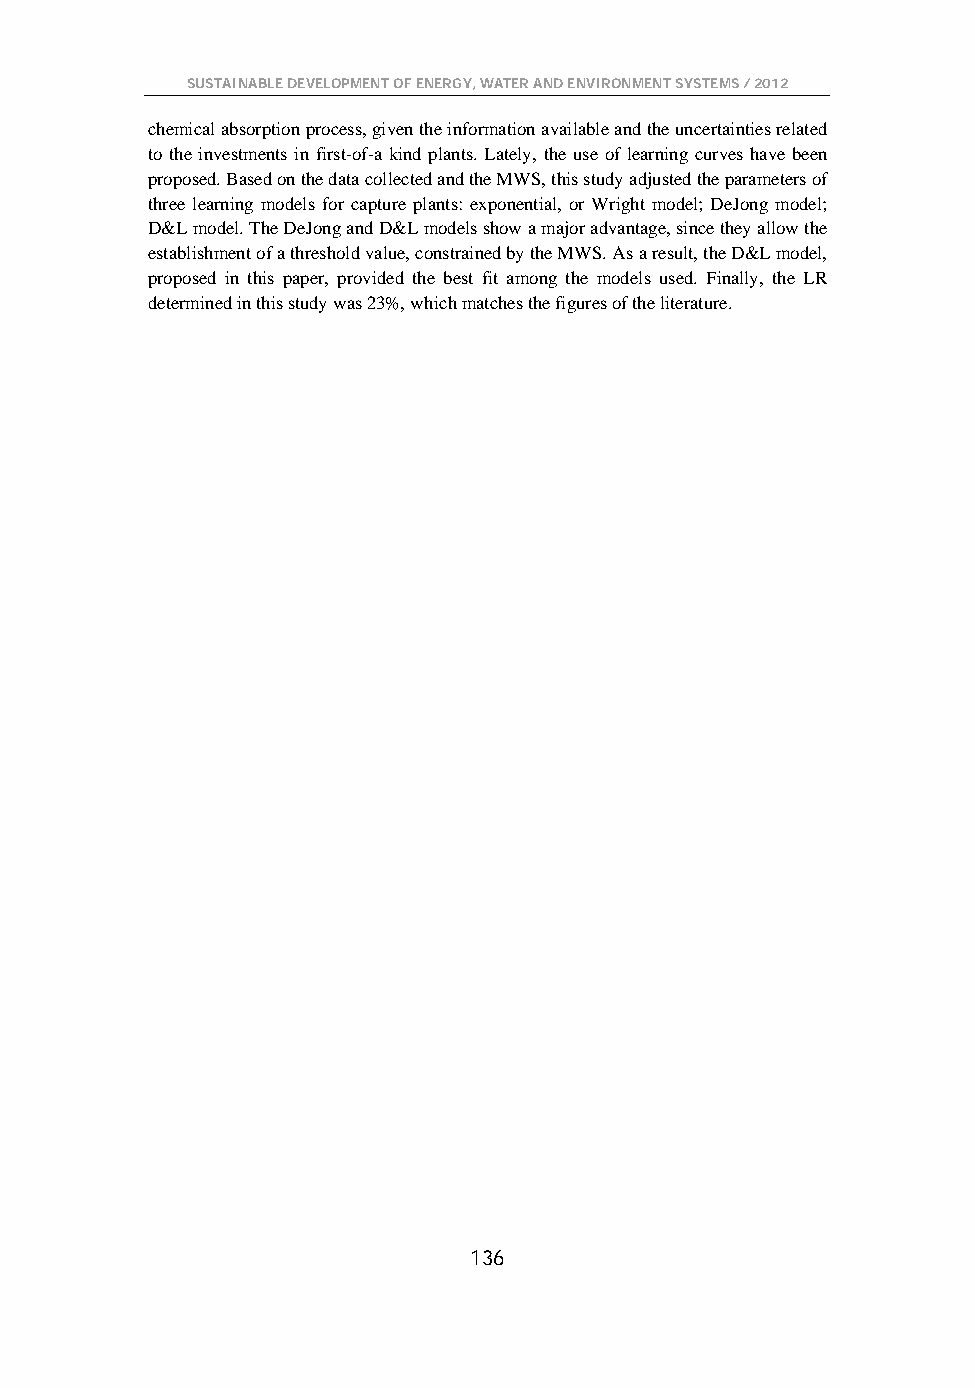
SUSTAINABLE DEVELOPMENT OF ENERGY, WATER AND ENVIRONMENT SYSTEMS / 2012
 chemical absorption process, given the information available and the uncertainties related
 to the investments in first-of-a kind plants. Lately, the use of learning curves have been
 proposed. Based on the data collected and the MWS, this study adjusted the parameters of
 three learning models for capture plants: exponential, or Wright model; DeJong model;
 D&L model. The DeJong and D&L models show a major advantage, since they allow the
 establishment of a threshold value, constrained by the MWS. As a result, the D&L model,
 proposed in this paper, provided the best fit among the models used. Finally, the LR
 determined in this study was 23%, which matches the figures of the literature.
 136